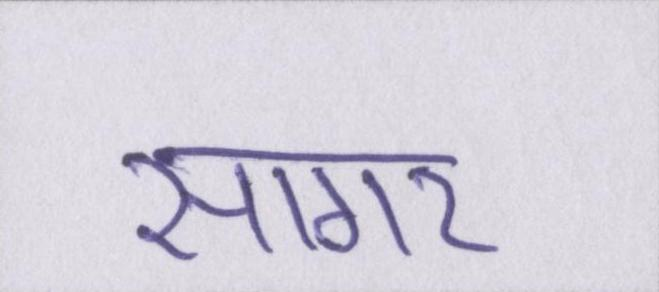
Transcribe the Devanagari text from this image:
सागर